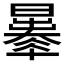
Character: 𣋦